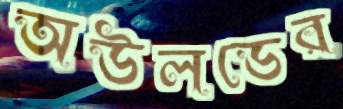
অউলডের